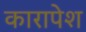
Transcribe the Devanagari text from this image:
कारापेश